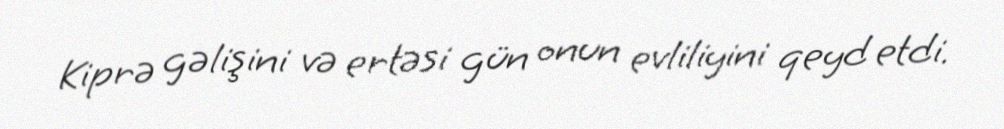
Kiprə gəlişini və ertəsi gün onun evliliyini qeyd etdi.